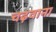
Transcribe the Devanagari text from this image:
चढ़वाना